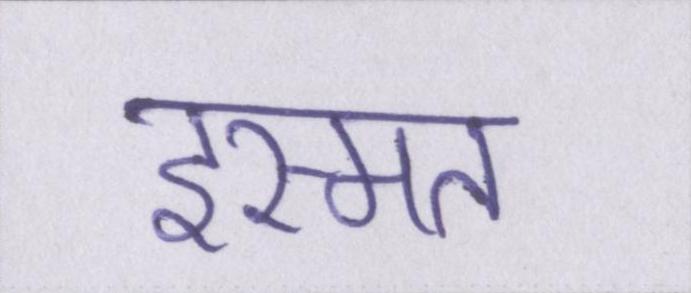
इस्मत